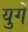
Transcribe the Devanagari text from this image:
युगें